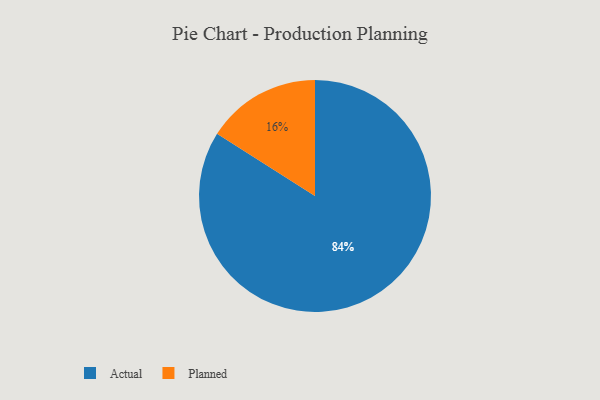
{"axis": {"x": "Category", "y": "Percentage"}, "legend": ["Actual", "Planned"], "data": [{"x": "Planned", "y": 16, "type": "Planned"}, {"x": "Actual", "y": 84, "type": "Actual"}]}